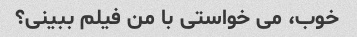
خوب، می خواستی با من فیلم ببینی؟